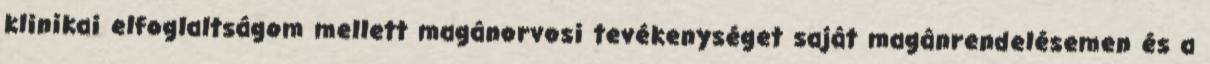
klinikai elfoglaltságom mellett magánorvosi tevékenységet saját magánrendelésemen és a